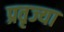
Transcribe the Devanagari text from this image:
प्रवृज्या